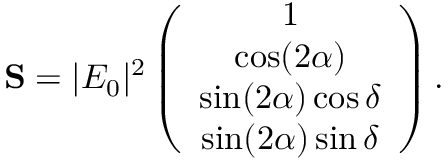
\begin{array} { r } { { \bf S } = | E _ { 0 } | ^ { 2 } \left( \begin{array} { c } { 1 } \\ { \cos ( 2 \alpha ) } \\ { \sin ( 2 \alpha ) \cos \delta } \\ { \sin ( 2 \alpha ) \sin \delta } \end{array} \right) . } \end{array}